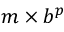
m \times b ^ { p }